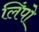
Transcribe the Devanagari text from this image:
लिंपो